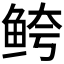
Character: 𱇦